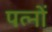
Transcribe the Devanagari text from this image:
पत्नों